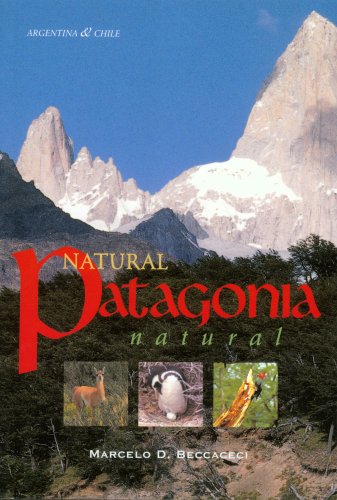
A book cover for Natural Patagonia / Patagonia natural: Argentina & Chile; Marcelo D. Beccaceci; Travel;